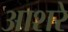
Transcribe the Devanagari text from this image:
आशरे